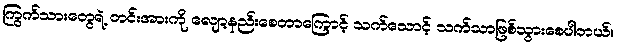
ကြွက်သားတွေရဲ့ တင်းအားကို လျော့နည်းစေတာကြောင့် သက်သောင့် သက်သာဖြစ်သွားစေပါတယ်။